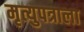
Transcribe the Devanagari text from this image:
मृत्युपत्राला